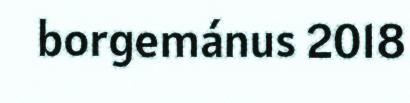
borgemánus 2018